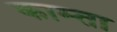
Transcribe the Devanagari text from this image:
काम्ता